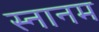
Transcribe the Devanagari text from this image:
स्नानम